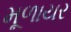
મૂળાયર